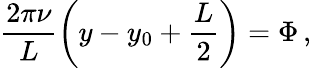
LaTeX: \frac{2\pi\nu}{L}\left(y-y_{0}+\frac{L}{2}\right)=\Phi\, ,